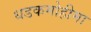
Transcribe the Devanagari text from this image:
धडकमोहीमा